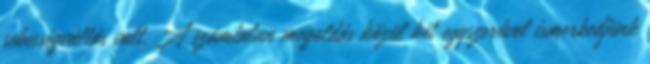
sebességváltás volt. A számtalan megoldás közül két egyszerűvel ismerkedjünk